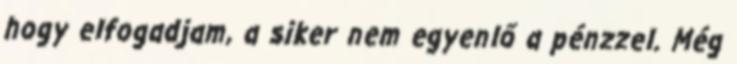
hogy elfogadjam, a siker nem egyenlő a pénzzel. Még